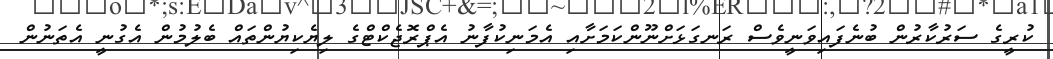
ކުރީގެ ސަރުކާރުން ބުނެފައިވަނީވެސް ރަނގަޅަށްނޫންކަމަށާއި އެމަނިކުފާނު އެޕްރޮޖެކްޓްގެ ލިޔެކިޔުންތައް ބެލުމުން އެގުނީ އެތަނުން